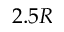
2 . 5 R